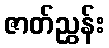
ဇာတ်ညွှန်း